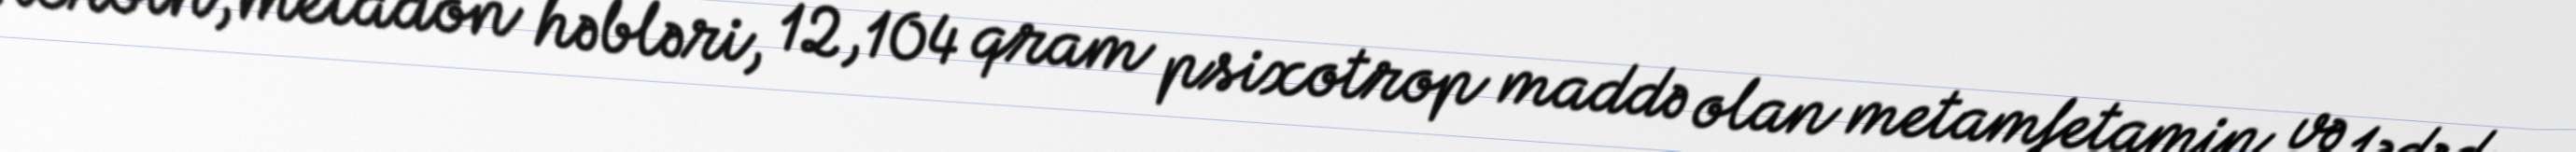
heroin, metadon həbləri, 12,104 qram psixotrop maddə olan metamfetamin və 1 ədəd